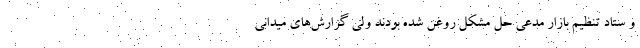
و ستاد تنظیم بازار مدعی حل مشکل روغن شده بودند ولی گزارش‌های میدانی